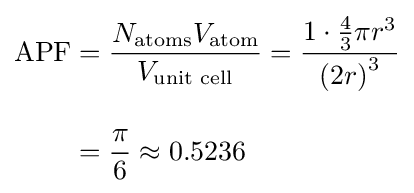
{\begin{aligned}\mathrm {APF} &={\frac {N_{\mathrm {atoms} }V_{\mathrm {atom} }}{V_{\text{unit cell}}}}={\frac {1\cdot {\frac {4}{3}}\pi r^{3}}{\left(2r\right)^{3}}}\\[10pt]&={\frac {\pi }{6}}\approx 0.5236\end{aligned}}